Vaccination in Bombay 1924-1928 - 1924-1928
Year: 1924
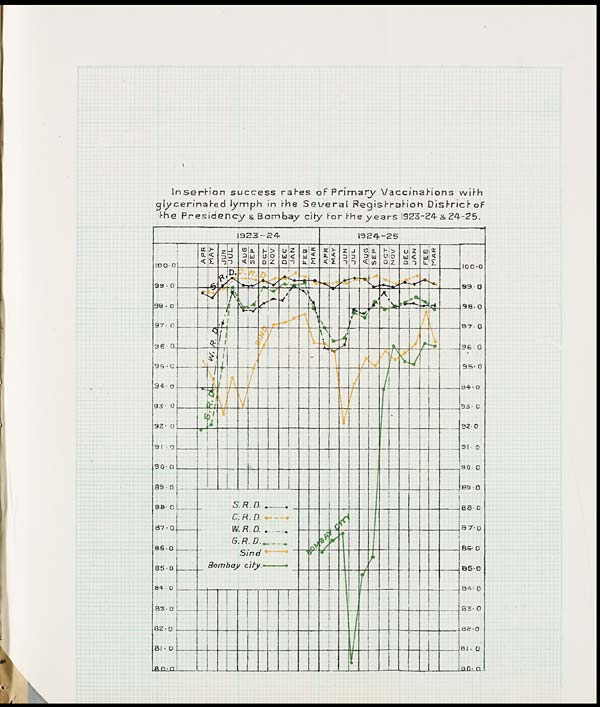
Insertion success rates of Primary Vaccinations with
glycerinated lymph in the Several Registration District of
the Presidency & Bombay city for the years 1923-24 &24-25.